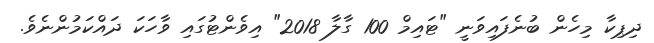
ދިޕިކާ މިހެން ބުނެފައިވަނީ "ޓައިމް 100 ގާލާ 2018" އިވެންޓުގައި ވާހަކަ ދައްކަމުންނެވެ.